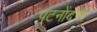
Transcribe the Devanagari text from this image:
पटनोंदणी